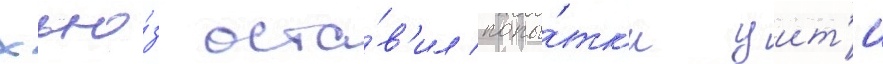
хью́з оста́в'ил попы́тк'и уит'и